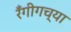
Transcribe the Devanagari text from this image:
रँगीगच्या